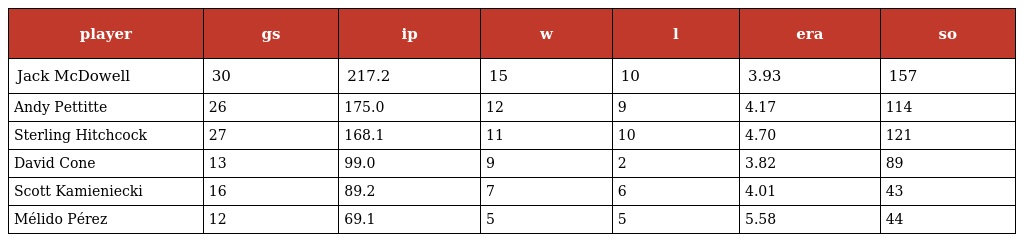
| player | gs | ip | w | l | era | so |
 | --- | --- | --- | --- | --- | --- | --- |
 | Jack McDowell | 30 | 217.2 | 15 | 10 | 3.93 | 157 |
 | Andy Pettitte | 26 | 175.0 | 12 | 9 | 4.17 | 114 |
 | Sterling Hitchcock | 27 | 168.1 | 11 | 10 | 4.70 | 121 |
 | David Cone | 13 | 99.0 | 9 | 2 | 3.82 | 89 |
 | Scott Kamieniecki | 16 | 89.2 | 7 | 6 | 4.01 | 43 |
 | Mélido Pérez | 12 | 69.1 | 5 | 5 | 5.58 | 44 |